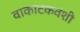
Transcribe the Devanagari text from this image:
वाकाटकवंशी